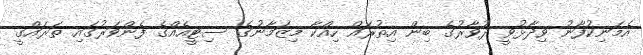
އެމަނިކުފާނު ވިދާޅުވީ ދުވާރުގެ ބިން އިތުރައް ހިއްކާ މިޒަމާނުގެ ސިޓީއެއްގެ ފެންވަރުގައި ތަރައްގީ